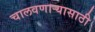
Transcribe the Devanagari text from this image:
चालवणाऱ्यासाठी